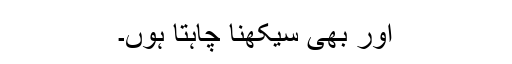
اور بھی سیکھنا چاہتا ہُوں۔